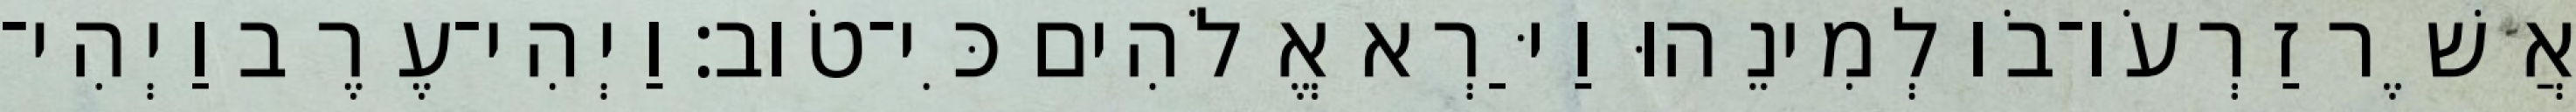
אֲשֶׁר זַרְעֹו־בֹו לְמִינֵהוּ וַיַּרְא אֱלֹהִים כִּי־טֹוב׃ וַיְהִי־עֶרֶב וַיְהִי־